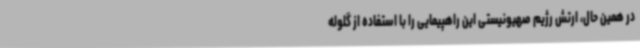
در همین حال، ارتش رژیم صهیونیستی این راهپیمایی را با استفاده از گلوله